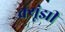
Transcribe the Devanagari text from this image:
क्यूंझी